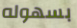
بسهوله